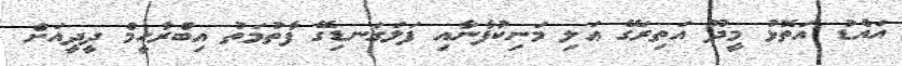
އައްޑު އަތޮޅު މީދޫ އަތިރަގޭ ޢަލި މަނިކުފާނާއި ފަލަގަނޑިގޭ ފާތުމަތު އިބްރާހީމް ދީދީއަށް